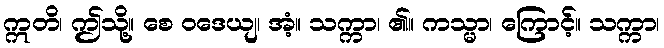
ဣတိ၊ ဤသို့။ စေ ဝဒေယျ၊ အံ့။ သက္ကာ၊ ၏။ ကသ္မာ၊ ကြောင့်။ သက္ကာ၊